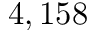
4 , 1 5 8